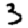
Digit: 3